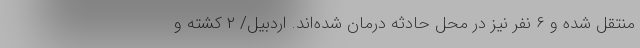
منتقل شده و ۶ نفر نیز در محل حادثه درمان شده‌اند. اردبیل/ ۲ کشته و